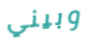
وبيني